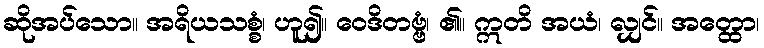
ဆိုအပ်သော။ အရိယသစ္စံ၊ ဟူ၍။ ဝေဒိတဗ္ဗံ၊ ၏။ ဣတိ အယံ၊ လျှင်။ အတ္ထော၊